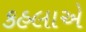
કહલાએ